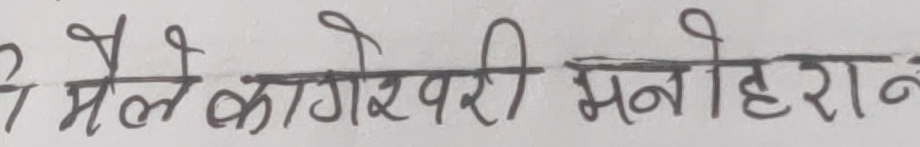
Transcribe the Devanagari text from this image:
मेले कागेश्वरी मनोहराने